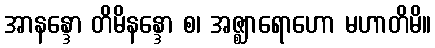
အာနန္ဒော တိမိနန္ဒော စ၊ အဇ္ဈာရောဟော မဟာတိမိ။